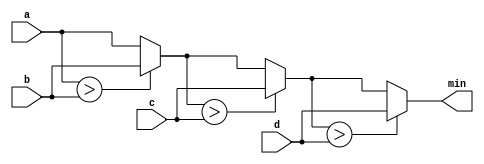
module top_module (
    input [7:0] a, b, c, d,
    output [7:0] min);//
    reg[7:0] intermediate_result1,intermediate_result2,intermediate_result3;
    // assign intermediate_result1 = compare? true: false;
    assign intermediate_result1 = (a>b)?b:a;
    assign intermediate_result2 = (intermediate_result1>c)?c:intermediate_result1;
    assign intermediate_result3 = (intermediate_result2>d)?d:intermediate_result2;
    assign min = intermediate_result3;
endmodule